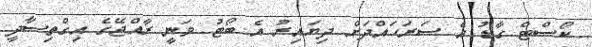
ކޯސްޓް ގާޑު އެ ސަރަހައްދަށް ދިޔައިރު އެ ބޯޓު ވަނީ ރާއްޖޭގެ އިގްތިސާދީ